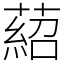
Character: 𦹄